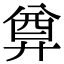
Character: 𢍜